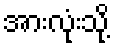
အားလုံးသို့